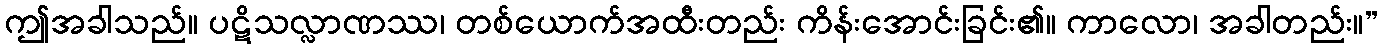
ဤအခါသည်။ ပဋိသလ္လာဏဿ၊ တစ်ယောက်အထီးတည်း ကိန်းအောင်းခြင်း၏။ ကာလော၊ အခါတည်း။”